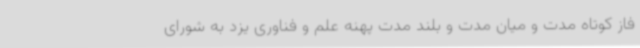
فاز کوتاه مدت و میان مدت و بلند مدت پهنه علم و فناوری یزد به شورای